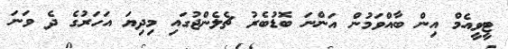
ޓީވީއެމް އިން ބާއްވަމުން އަންނަ ބޮޑުބެރު ޗެލެންޖުގައި މިދިޔަ އަހަރުގެ ދެ ވަނަ